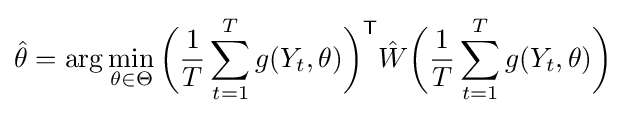
{\hat {\theta }}=\operatorname {arg} \min _{\theta \in \Theta }{\bigg (}{\frac {1}{T}}\sum _{t=1}^{T}g(Y_{t},\theta ){\bigg )}^{\mathsf {T}}{\hat {W}}{\bigg (}{\frac {1}{T}}\sum _{t=1}^{T}g(Y_{t},\theta ){\bigg )}